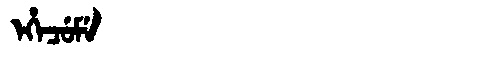
Manchu: ᡝᡥᡝᠴᡠᠮᡝ
Romanization: EHECUME